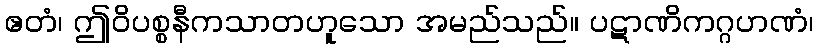
ဧတံ၊ ဤဝိပစ္စနီကသာတဟူသော အမည်သည်။ ပဋာဏိကဂ္ဂဟဏံ၊